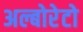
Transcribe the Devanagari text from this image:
अल्बोरेटो